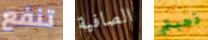
تنفع الصافية ذهبتم